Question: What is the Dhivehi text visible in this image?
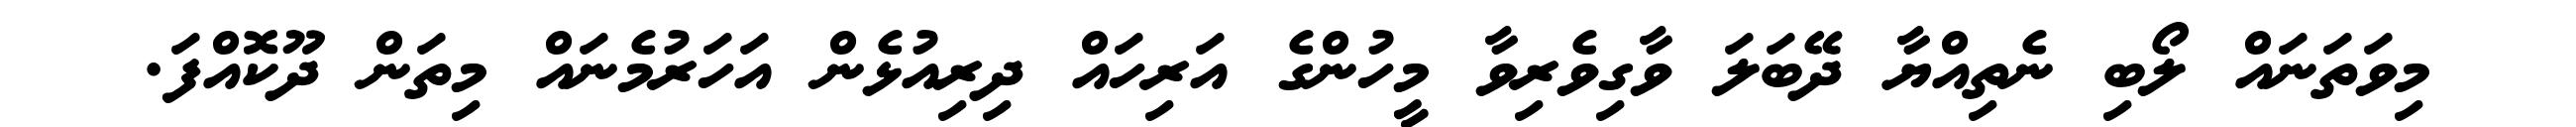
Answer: މިވަތަނައް ލޯބި ނެތިއްޔާ ދޭބަލަ ވާގިވެރިވާ މީހުންގެ އަރިހައް ދިރިއުޅެން އަހަރުމެނައް މިތަން ދޫކޮއްފަ.